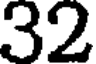
32